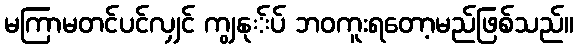
မကြာမတင်ပင်လျှင် ကျွနု်ပ် ဘဝကူးရတော့မည်ဖြစ်သည်။